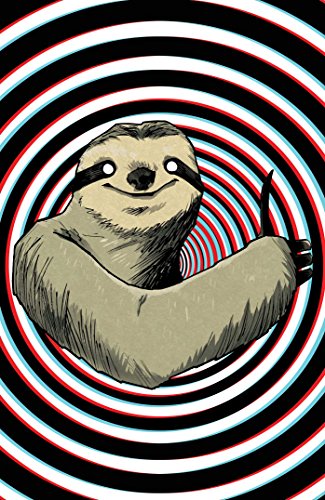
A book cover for Memetic; James Tynion  IV; Comics & Graphic Novels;